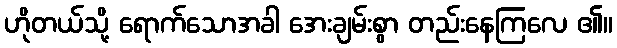
ဟိုတယ်သို့ ရောက်သောအခါ အေးချမ်းစွာ တည်းနေကြလေ ၏။